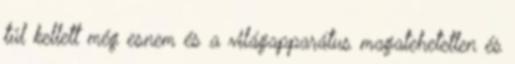
túl kellett még esnem és a világapparátus magatehetetlen és